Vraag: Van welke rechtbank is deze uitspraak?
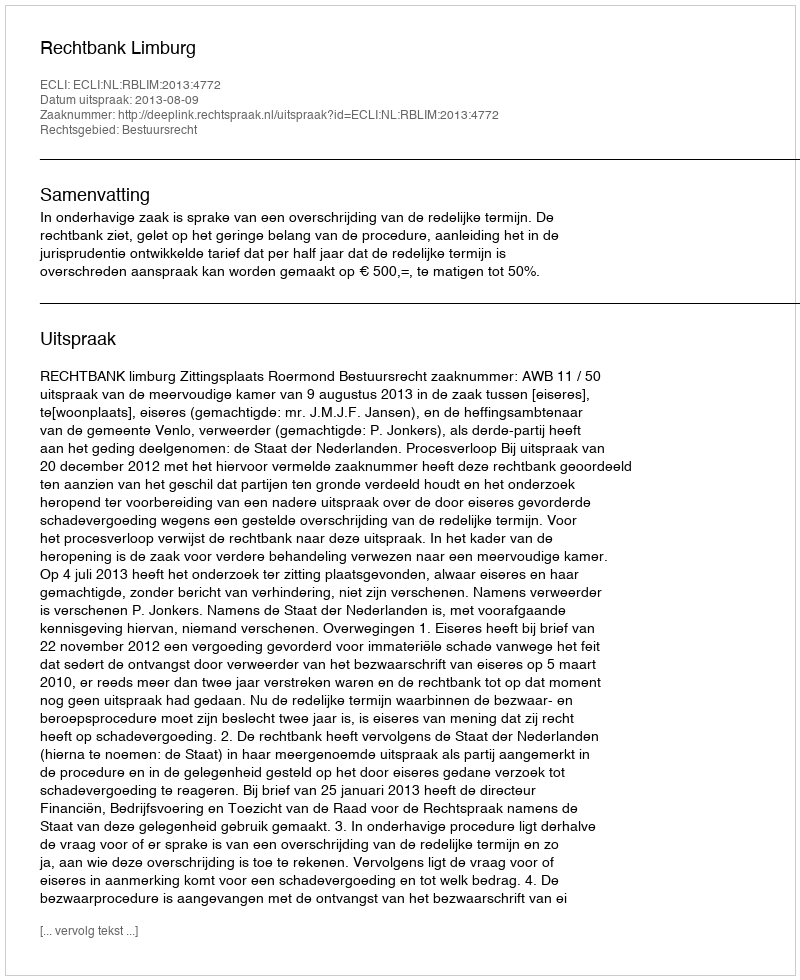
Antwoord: Rechtbank Limburg